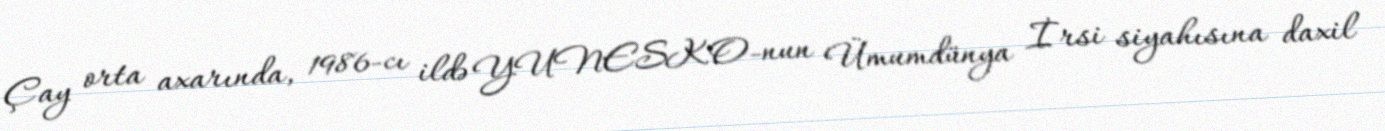
Çay orta axarında, 1986-cı ildə YUNESKO-nun Ümumdünya İrsi siyahısına daxil